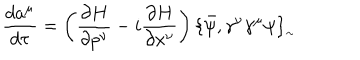
\frac { d a ^ { \mu } } { d \tau } = \left( \frac { \partial H } { \partial p ^ { \nu } } - i \frac { \partial H } { \partial x ^ { \nu } } \right) \{ \bar { \psi } , \gamma ^ { \nu } \gamma ^ { \mu } \psi \} _ { _ { \sim } }